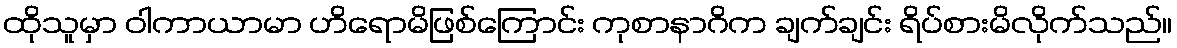
ထိုသူမှာ ဝါကာယာမာ ဟိရောမိဖြစ်ကြောင်း ကုစာနာဂိက ချက်ချင်း ရိပ်စားမိလိုက်သည်။